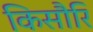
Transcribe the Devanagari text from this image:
किसौरि